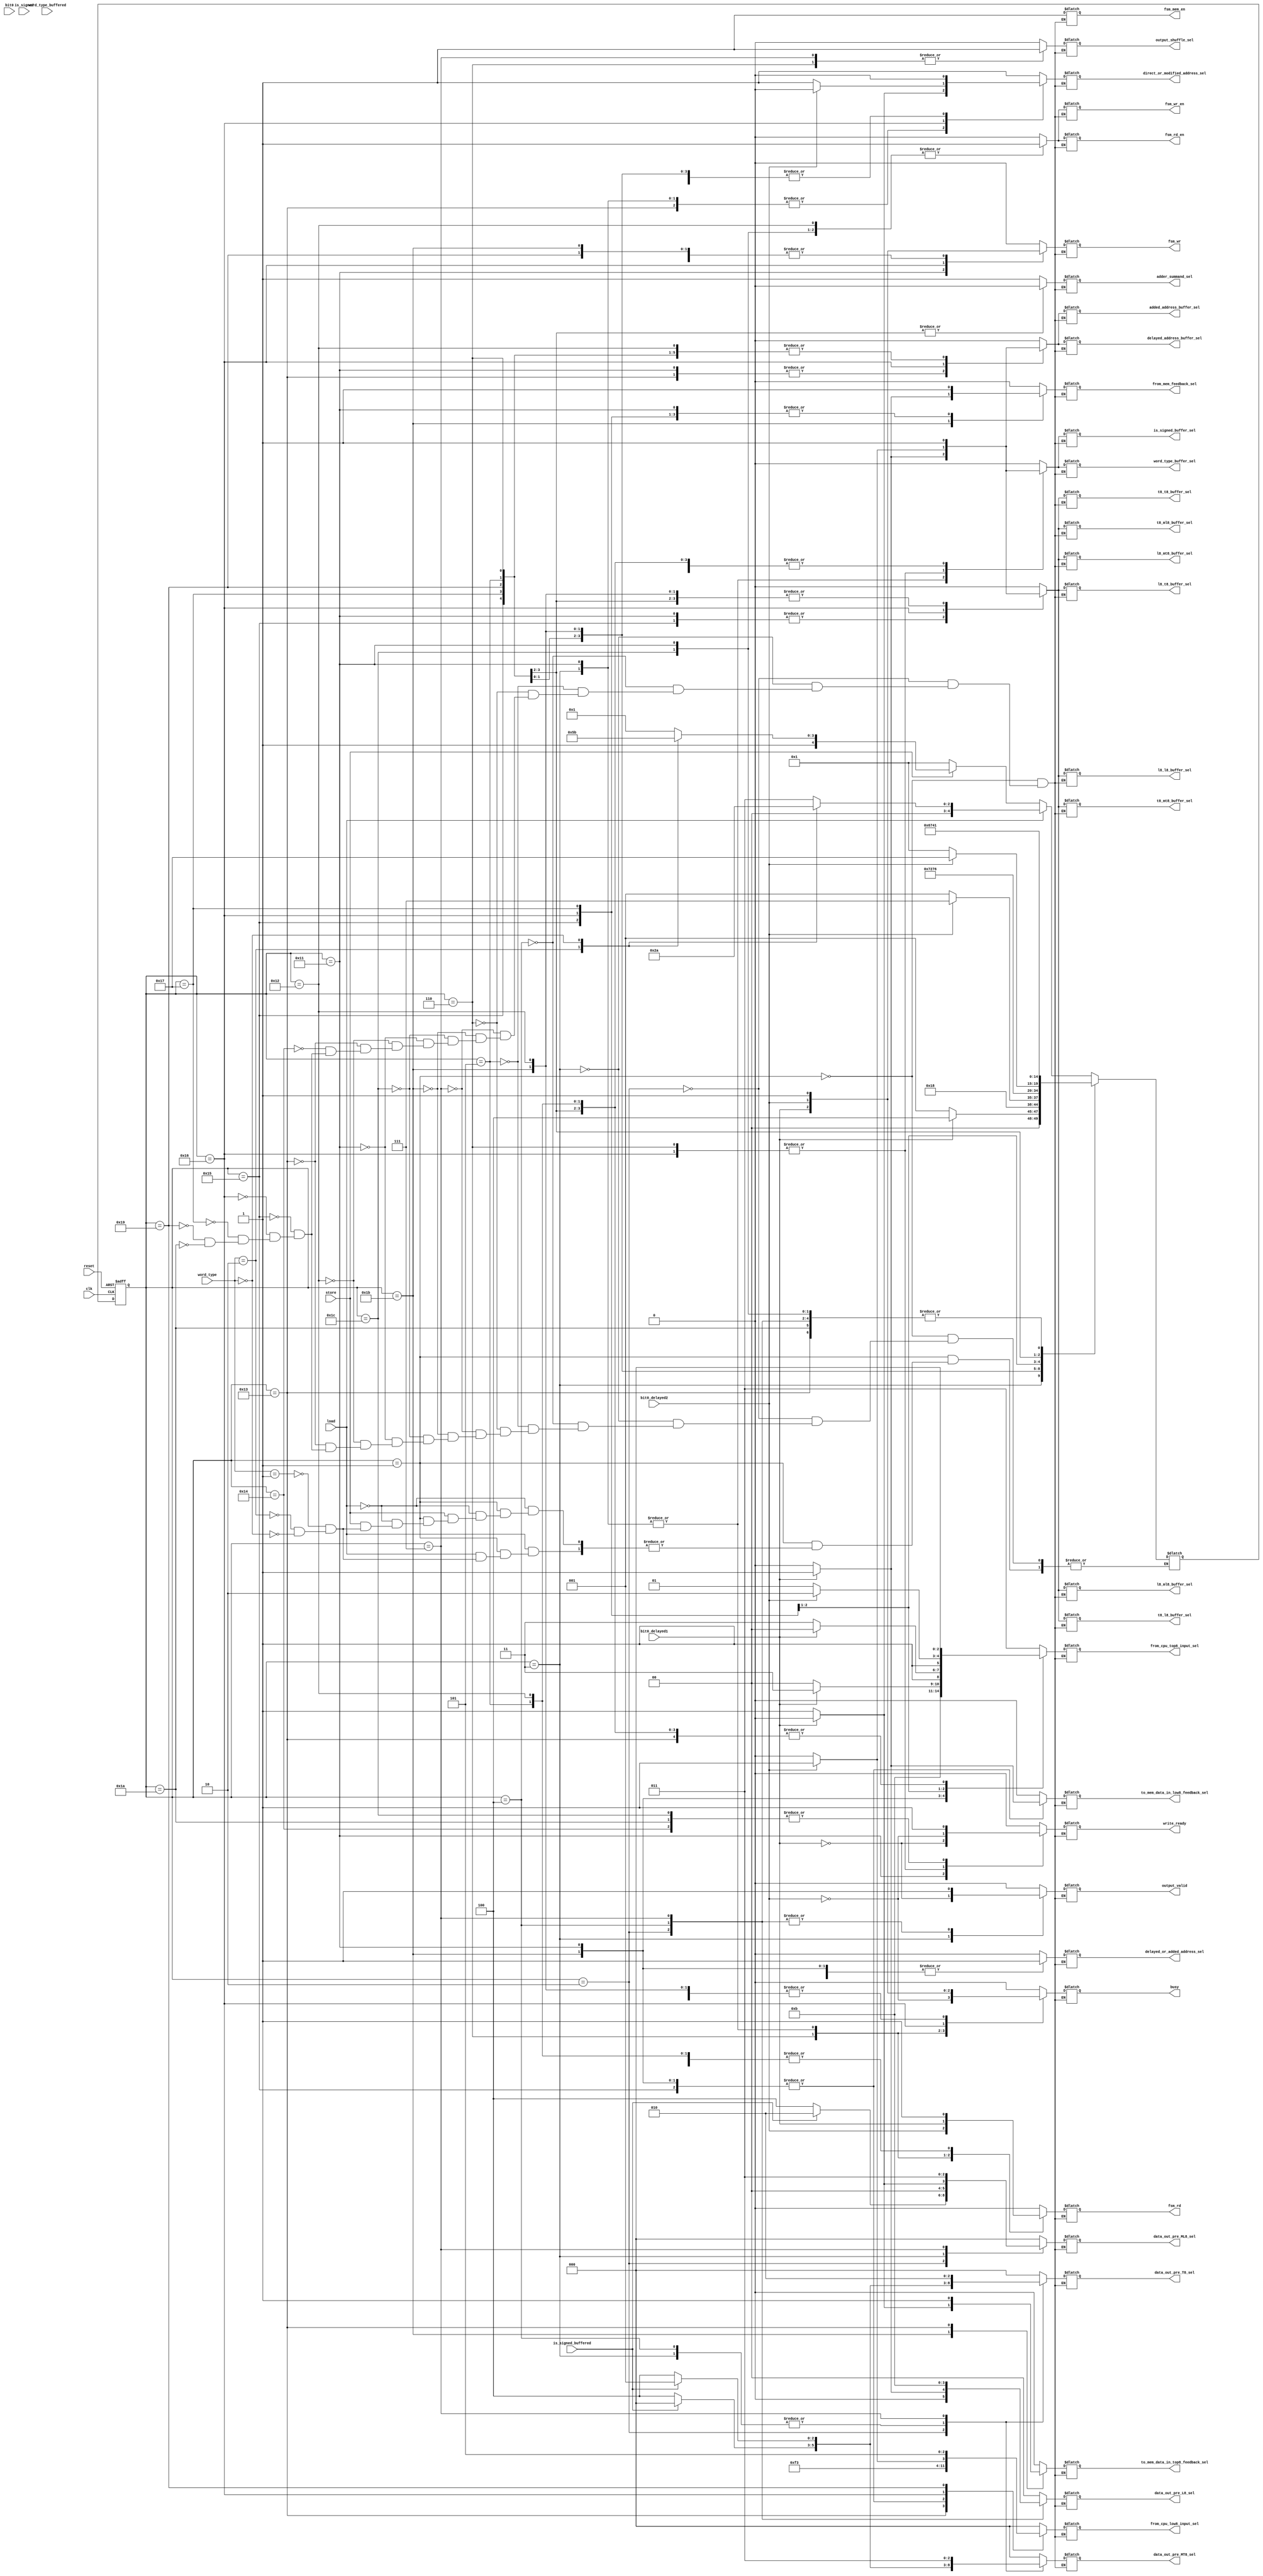
// AUTHORS Group 06 /Julian Kuser
// Thursday, 08/10/2017

module memory_control_fsm_v3 (
  clk,
  reset,
  load,
  store,
  word_type,
  word_type_buffered,
  is_signed,
  is_signed_buffered,
  bit0,
  bit0_delayed1,
  bit0_delayed2,
  busy,
  output_valid,
  write_ready,
  fsm_rd,
  fsm_wr,
  fsm_wr_en,
  fsm_rd_en,
  fsm_mem_en,
  is_signed_buffer_sel,
  word_type_buffer_sel,
  from_mem_feedback_sel,
  to_mem_data_in_top8_feedback_sel,
  to_mem_data_in_low8_feedback_sel,
  from_cpu_low8_input_sel,
  from_cpu_top8_input_sel,
  l8_t8_buffer_sel,
  l8_mt8_buffer_sel,
  l8_ml8_buffer_sel,
  l8_l8_buffer_sel,
  t8_t8_buffer_sel,
  t8_mt8_buffer_sel,
  t8_ml8_buffer_sel,
  t8_l8_buffer_sel,
  data_out_pre_L8_sel,
  data_out_pre_ML8_sel,
  data_out_pre_MT8_sel,
  data_out_pre_T8_sel,
  output_shuffle_sel,
  adder_summand_sel,
  added_address_buffer_sel,
  delayed_address_buffer_sel,
  delayed_or_added_address_sel,
  direct_or_modified_address_sel
  );

// ##################### inputs #######################
// ####################################################

  input clk;
  input reset;
  input load;
  input store;
  input [1:0] word_type;
  input is_signed;
  input [1:0] word_type_buffered;
  input is_signed_buffered;

  input bit0;
  input bit0_delayed1;
  input bit0_delayed2;
  //input bit0_delayed3;

// ####################### outputs #######################
// #######################################################

  // signals to other modules
  output reg busy;
  output reg output_valid;
  output reg write_ready;

// signals to memory
  output reg fsm_rd;
  output reg fsm_wr;
  output reg fsm_wr_en;
  output reg fsm_rd_en;
  output reg fsm_mem_en;

// input buffers in mem interface
  output reg is_signed_buffer_sel;
  output reg word_type_buffer_sel;

// input selection in mem interface
  output reg from_mem_feedback_sel;
  output reg to_mem_data_in_top8_feedback_sel;
  output reg to_mem_data_in_low8_feedback_sel;
  output reg [2:0] from_cpu_low8_input_sel;
  output reg [2:0] from_cpu_top8_input_sel;

  output reg l8_t8_buffer_sel;
  output reg l8_mt8_buffer_sel;
  output reg l8_ml8_buffer_sel;
  output reg l8_l8_buffer_sel;
  output reg t8_t8_buffer_sel;
  output reg t8_mt8_buffer_sel;
  output reg t8_ml8_buffer_sel;
  output reg t8_l8_buffer_sel;

// output selection in mem interface
  output reg [1:0] data_out_pre_L8_sel;
  output reg [2:0] data_out_pre_ML8_sel;
  output reg [2:0] data_out_pre_MT8_sel;
  output reg [2:0] data_out_pre_T8_sel;

  output reg output_shuffle_sel;

// address manipulation in mem interface
  output reg adder_summand_sel;
  output reg added_address_buffer_sel;
  output reg delayed_address_buffer_sel;
  output reg delayed_or_added_address_sel;
  output reg direct_or_modified_address_sel;

// ####################### codes for signals ########
// ##################################################

localparam DC = 1'b0;
localparam DC2 = 2'b0;
localparam DC3 = 3'b0;
localparam DC4 = 4'b0;

// word_type
localparam WORD =  2'b10;
localparam HALFWORD =  2'b01;
localparam BYTE =  2'b00;


localparam BUFFER = 1'b1;    // for all buffer select signals
localparam UPDATE = 1'b0;

//direct_or_modified_address_sel
localparam DIRECT_ADDRESS = 1'b1;
localparam MODIFIED_ADDRESS = 1'b0;

//delayed_or_added_address_sel
localparam  DELAYED_ADDRESS = 1'b1;
localparam  ADDED_ADDRESS = 1'b0;

    //adder_summand_sel
localparam SEL_ONE = 1'b1;
localparam SEL_TWO = 1'b0;


// data_out_pre_L8_sel
localparam L8_DIRECT_L8   = 2'b00;
localparam L8_DIRECT_T8   = 2'b01;
localparam L8_DELAYED1_T8 = 2'b10;
localparam L8_DELAYED2_T8 = 2'b11;

//data_out_pre_ML8_sel;
localparam ML8_DIRECT_L8   = 3'b000;
localparam ML8_DIRECT_T8   = 3'b001;
localparam ML8_ZERO        = 3'b100;
localparam ML8_DELAYED1_L8 = 3'b011;
localparam ML8_SIGN_BYTE   = 3'b010;

//data_out_pre_MT8_sel;
localparam MT8_ZERO        = 3'b100;
localparam MT8_SIGN_BYTE   = 3'b000;
localparam MT8_SIGN_HW     = 3'b001;
localparam MT8_DELAYED1_L8 = 3'b010;
localparam MT8_DELAYED1_T8 = 3'b011;

//data_out_pre_T8_sel;
localparam T8_ZERO        = 3'b100;
localparam T8_SIGN_BYTE   = 3'b000;
localparam T8_SIGN_HW     = 3'b001;
localparam T8_DIRECT_L8   = 3'b010;
localparam T8_DELAYED1_T8 = 3'b011;


// from_cpu_low8_input_sel && from_cpu_top8_input_sel
localparam DIRECT_T8   = 3'b001;
localparam DIRECT_MT8  = 3'b010;
localparam DIRECT_ML8  = 3'b011;
localparam DIRECT_L8   = 3'b000;
localparam DELAYED_T8  = 3'b101;
localparam DELAYED_MT8 = 3'b110;
localparam DELAYED_ML8 = 3'b111;
localparam DELAYED_L8  = 3'b100;

// from_mem_feedback_sel;
localparam FEEDBACK_LOW8 = 1'b1;
localparam FEEDBACK_TOP8 = 1'b0;

// to_mem_data_in_top8_feedback_sel;
// to_mem_data_in_low8_feedback_sel;
localparam FEEDBACK_TO_MEM = 1'b1;
localparam INPUT_TO_MEM    = 1'b0;

// ##################################### state codes: #########################
// ############################################################################
localparam IDLE         = 5'b00001;
localparam LOAD_BYTE    = 5'b00010;
localparam LOAD_HW_A    = 5'b00011;
localparam LOAD_HW_B    = 5'b00100;
localparam LOAD_WORD_A  = 5'b00101;
localparam LOAD_WORD_B  = 5'b00110;
localparam LOAD_WORD_C  = 5'b00111;

localparam STORE_HW_A   = 5'b10001;
localparam STORE_HW_B   = 5'b10010;
localparam STORE_HW_C   = 5'b10011;
localparam STORE_HW_D   = 5'b10100;
localparam STORE_WORD_A = 5'b10101;
localparam STORE_WORD_B = 5'b10110;
localparam STORE_WORD_C = 5'b10111;
localparam STORE_WORD_D = 5'b11001;
localparam STORE_WORD_E = 5'b11010;
localparam STORE_BYTE_A = 5'b11011;
localparam STORE_BYTE_B = 5'b11100;



  // ##################### internal signals #########
  // ################################################

reg [4:0] state;
reg [4:0] nextstate;

always @(posedge clk or posedge reset) begin
   if (!reset) begin
     state <= nextstate;
   end
   else begin
     state <= IDLE;
   end

end







// ##################################### transitions ##########################
// ############################################################################
always @(*) begin
  case (state)
    IDLE: begin
      if (load) begin
       case (word_type)
        HALFWORD: nextstate = LOAD_HW_A;
        WORD:     nextstate = LOAD_WORD_A;
        BYTE:     nextstate = LOAD_BYTE;
       endcase
      end
      else if (store) begin
       case (word_type)
        HALFWORD: nextstate = STORE_HW_A;
        WORD:     nextstate = STORE_WORD_A;
        BYTE:     nextstate = STORE_BYTE_A;
       endcase
      end
      else begin
       nextstate = IDLE;
      end
    end // end case IDLE

   LOAD_BYTE: begin
      nextstate = IDLE;
   end // end case load byte

   LOAD_HW_A: begin
     if (bit0_delayed1) begin
       nextstate = LOAD_HW_B;
     end
     else begin
      nextstate = IDLE;
     end
   end // end case LOAD HW A

   LOAD_HW_B: begin
      nextstate = IDLE;
   end // end case load HW B

   LOAD_WORD_A: begin
     nextstate = LOAD_WORD_B;
   end // end case LOAD WORD A

   LOAD_WORD_B: begin
     if (bit0_delayed2) begin
       nextstate = LOAD_WORD_C;
     end
     else begin
      nextstate = IDLE;
     end
   end // end case LOAD WORD B

   LOAD_WORD_C: begin
      nextstate = IDLE;
   end // end case LOAD WORD C

   STORE_BYTE_A: begin
     nextstate = STORE_BYTE_B;
   end // end case STORE BYTE A

   STORE_BYTE_B: begin
      nextstate = IDLE;
   end // end case STORE BYTE B

   STORE_HW_A: begin

      nextstate = IDLE;

   end // end case STORE_HW_A

   STORE_HW_B: begin
    nextstate = STORE_HW_C;
   end // end case STORE_HW_B

   STORE_HW_C: begin
     nextstate = IDLE;
   end // end case STORE_HW_C

   STORE_WORD_A: begin
    nextstate = STORE_WORD_B;
   end // end case STORE_WORD_A

   STORE_WORD_B: begin
    if (bit0_delayed2) begin
      nextstate = STORE_WORD_C;
    end
     else begin
      nextstate = IDLE;
     end
   end // end case STORE_HW_B

   STORE_WORD_C: begin
     nextstate = STORE_WORD_D;
   end // end case STORE_WORD_C

   STORE_WORD_D: begin
     nextstate = STORE_WORD_E;
   end // end case STORE_WORD_D

   STORE_WORD_E: begin
      nextstate = IDLE;
   end // end case STORE_WORD_E












  endcase
end

// #################################### outputs ###############################
// ############################################################################
// ############################################################################
always @(*) begin
    case (state)
      // ################## IDLE ####################################
      // ############################################################
      IDLE: begin
         // status signals
         busy                           = 0;
         output_valid                   = 0;
         write_ready                    = 0;

         // fsm control
         fsm_rd                         = DC;
         fsm_wr                         = DC;
         fsm_wr_en                      = 0 ;
         fsm_rd_en                      = 0 ;
         fsm_mem_en                     = 1 ;

         // status in buffering
         is_signed_buffer_sel           = UPDATE ;
         word_type_buffer_sel           = UPDATE ;

         // input selection feedback
         from_mem_feedback_sel          = DC;
         to_mem_data_in_top8_feedback_sel = INPUT_TO_MEM;
         to_mem_data_in_low8_feedback_sel = INPUT_TO_MEM;

         // input selection
         from_cpu_low8_input_sel    = DIRECT_L8;
         from_cpu_top8_input_sel    = DIRECT_ML8;
         l8_t8_buffer_sel           = UPDATE;
         l8_mt8_buffer_sel          = UPDATE;
         l8_ml8_buffer_sel          = UPDATE;
         l8_l8_buffer_sel           = UPDATE;
         t8_t8_buffer_sel           = UPDATE;
         t8_mt8_buffer_sel          = UPDATE;
         t8_ml8_buffer_sel          = UPDATE;
         t8_l8_buffer_sel           = UPDATE;



         // output assignment
         data_out_pre_L8_sel            = DC2; // 2 bit
         data_out_pre_ML8_sel           = DC3; // 3 bit
         data_out_pre_MT8_sel           = DC3; // 3 bit
         data_out_pre_T8_sel            = DC3; // 3 bit

         output_shuffle_sel             = 0;

         // address assignment
         adder_summand_sel              = SEL_ONE;
         added_address_buffer_sel       = UPDATE;
         delayed_address_buffer_sel     = UPDATE;
         delayed_or_added_address_sel   = DC;
         direct_or_modified_address_sel = DIRECT_ADDRESS;
      end // end case IDLE

     // ############################# LOAD_BYTE ###########################
     // ###################################################################
      LOAD_BYTE: begin
         // status signals
         busy                           = 0;
         output_valid                   = 1;
         write_ready                    = 0;

         // fsm control
         fsm_rd                         = 0;
         fsm_wr                         = 0;
         fsm_wr_en                      = 1;
         fsm_rd_en                      = 1;
         fsm_mem_en                     = 1;

         // status in buffering
         is_signed_buffer_sel           = UPDATE;
         word_type_buffer_sel           = UPDATE;

         // input selection feedback
         from_mem_feedback_sel          = DC;
         to_mem_data_in_top8_feedback_sel = INPUT_TO_MEM;
         to_mem_data_in_low8_feedback_sel = INPUT_TO_MEM;

         // input selection
         from_cpu_low8_input_sel    = DIRECT_L8;
         from_cpu_top8_input_sel    = DIRECT_ML8;
         l8_t8_buffer_sel           = UPDATE;
         l8_mt8_buffer_sel          = UPDATE;
         l8_ml8_buffer_sel          = UPDATE;
         l8_l8_buffer_sel           = UPDATE;
         t8_t8_buffer_sel           = UPDATE;
         t8_mt8_buffer_sel          = UPDATE;
         t8_ml8_buffer_sel          = UPDATE;
         t8_l8_buffer_sel           = UPDATE;



         // output assignment
         data_out_pre_L8_sel            = bit0_delayed1 ? L8_DIRECT_T8 : L8_DIRECT_L8; // 2 bit
         data_out_pre_ML8_sel           = is_signed_buffered ? ML8_SIGN_BYTE : ML8_ZERO; // 3 bit
         data_out_pre_MT8_sel           = is_signed_buffered ? MT8_SIGN_BYTE : MT8_ZERO; // 3 bit
         data_out_pre_T8_sel            = is_signed_buffered ? T8_SIGN_BYTE : T8_ZERO; // 3 bit

         output_shuffle_sel             = 0;

         // address assignment
         adder_summand_sel              = SEL_ONE;
         added_address_buffer_sel       = UPDATE;
         delayed_address_buffer_sel     = UPDATE;
         delayed_or_added_address_sel   = DC;
         direct_or_modified_address_sel = DIRECT_ADDRESS;
      end // end case LOAD_BYTE

      // ############################# LOAD_HW_A ##############################
      //  #####################################################################
      LOAD_HW_A: begin
         // status signals
         busy                           = bit0_delayed1;
         output_valid                   = !bit0_delayed1;
         write_ready                    = 0;

         // fsm control
         fsm_rd                         = bit0_delayed1;
         fsm_wr                         = 0;
         fsm_wr_en                      = 1;
         fsm_rd_en                      = 1;
         fsm_mem_en                     = 1;

         // status in buffering
         is_signed_buffer_sel           = bit0_delayed1 ? BUFFER : UPDATE;
         word_type_buffer_sel           = bit0_delayed1 ? BUFFER : UPDATE;

         // input selection feedback
         from_mem_feedback_sel          = DC;
         to_mem_data_in_top8_feedback_sel = INPUT_TO_MEM;
         to_mem_data_in_low8_feedback_sel = INPUT_TO_MEM;

         // input selection
         from_cpu_low8_input_sel    = DIRECT_L8;
         from_cpu_top8_input_sel    = DIRECT_ML8;
         l8_t8_buffer_sel           = UPDATE;
         l8_mt8_buffer_sel          = UPDATE;
         l8_ml8_buffer_sel          = UPDATE;
         l8_l8_buffer_sel           = UPDATE;
         t8_t8_buffer_sel           = UPDATE;
         t8_mt8_buffer_sel          = UPDATE;
         t8_ml8_buffer_sel          = UPDATE;
         t8_l8_buffer_sel           = UPDATE;



         // output assignment
         data_out_pre_L8_sel            = bit0_delayed1 ? DC2 : L8_DIRECT_L8; // 2 bit
         data_out_pre_ML8_sel           = bit0_delayed1 ? DC3 : ML8_DIRECT_T8; // 3 bit
         data_out_pre_MT8_sel           = is_signed_buffered ? MT8_SIGN_HW : MT8_ZERO; // 3 bit
         data_out_pre_T8_sel            = is_signed_buffered ? T8_SIGN_HW : T8_ZERO; // 3 bit

         output_shuffle_sel             = 0;

         // address assignment
         adder_summand_sel              = SEL_ONE;
         added_address_buffer_sel       = UPDATE;
         delayed_address_buffer_sel     = UPDATE;
         delayed_or_added_address_sel   = ADDED_ADDRESS;
         direct_or_modified_address_sel = bit0_delayed1 ? MODIFIED_ADDRESS : DIRECT_ADDRESS;
      end // end case LOAD_HW_A

      //################################## LOAD_HW_B ##########################
      // #######################################################################
      LOAD_HW_B: begin
         // status signals
         busy                           = 0;
         output_valid                   = 1;
         write_ready                    = 0;

         // fsm control
         fsm_rd                         = 0;
         fsm_wr                         = 0;
         fsm_wr_en                      = 1;
         fsm_rd_en                      = 1;
         fsm_mem_en                     = 1;

         // status in buffering
         is_signed_buffer_sel           = UPDATE;
         word_type_buffer_sel           = UPDATE;

         // input selection feedback
         from_mem_feedback_sel          = DC;
         to_mem_data_in_top8_feedback_sel = INPUT_TO_MEM;
         to_mem_data_in_low8_feedback_sel = INPUT_TO_MEM;

         // input selection
         from_cpu_low8_input_sel    = DIRECT_L8;
         from_cpu_top8_input_sel    = DIRECT_ML8;
         l8_t8_buffer_sel           = UPDATE;
         l8_mt8_buffer_sel          = UPDATE;
         l8_ml8_buffer_sel          = UPDATE;
         l8_l8_buffer_sel           = UPDATE;
         t8_t8_buffer_sel           = UPDATE;
         t8_mt8_buffer_sel          = UPDATE;
         t8_ml8_buffer_sel          = UPDATE;
         t8_l8_buffer_sel           = UPDATE;



         // output assignment
         data_out_pre_L8_sel            = L8_DELAYED1_T8; // 2 bit
         data_out_pre_ML8_sel           = ML8_DIRECT_L8; // 3 bit
         data_out_pre_MT8_sel           = is_signed_buffered ? MT8_SIGN_HW : MT8_ZERO; // 3 bit
         data_out_pre_T8_sel            = is_signed_buffered ? T8_SIGN_HW : T8_ZERO; // 3 bit

         output_shuffle_sel             = 0;

         // address assignment
         adder_summand_sel              = SEL_ONE;
         added_address_buffer_sel       = UPDATE;
         delayed_address_buffer_sel     = UPDATE;
         delayed_or_added_address_sel   = DC;
         direct_or_modified_address_sel = DIRECT_ADDRESS;
      end // end case LOAD_HW_B

      // ################################## LOAD_WORD_A ###########################
      //##########################################################################
      LOAD_WORD_A: begin
         // status signals
         busy                           = 1;
         output_valid                   = 0;
         write_ready                    = 0;

         // fsm control
         fsm_rd                         = 1;
         fsm_wr                         = 0;
         fsm_wr_en                      = 1;
         fsm_rd_en                      = 1;
         fsm_mem_en                     = 1;

         // status in buffering
         is_signed_buffer_sel           = BUFFER;
         word_type_buffer_sel           = BUFFER;

         // input selection feedback
         from_mem_feedback_sel          = DC;
         to_mem_data_in_top8_feedback_sel = INPUT_TO_MEM;
         to_mem_data_in_low8_feedback_sel = INPUT_TO_MEM;

         // input selection

         from_cpu_low8_input_sel      = DC3;
         from_cpu_top8_input_sel      = DC3;
         l8_t8_buffer_sel             = DC;
         l8_mt8_buffer_sel            = DC;
         l8_ml8_buffer_sel            = DC;
         l8_l8_buffer_sel             = DC;
         t8_t8_buffer_sel             = DC;
         t8_mt8_buffer_sel            = DC;
         t8_ml8_buffer_sel            = DC;
         t8_l8_buffer_sel             = DC;

         // output assignment
         data_out_pre_L8_sel            = DC2; // 2 bit
         data_out_pre_ML8_sel           = DC3; // 3 bit
         data_out_pre_MT8_sel           = DC3; // 3 bit
         data_out_pre_T8_sel            = DC3; // 3 bit

         output_shuffle_sel             = 0;

         // address assignment
         adder_summand_sel              = SEL_ONE;
         added_address_buffer_sel       = BUFFER;
         delayed_address_buffer_sel     = BUFFER;
         delayed_or_added_address_sel   = ADDED_ADDRESS;
         direct_or_modified_address_sel = MODIFIED_ADDRESS;
      end // end case LOAD_WORD_A

      // ############################### LOAD_WORD_B ##########################
      // ######################################################################
      LOAD_WORD_B: begin
         // status signals
         busy                           = !bit0_delayed2;
         output_valid                   = 0;
         write_ready                    = !bit0_delayed2;

         // fsm control
         fsm_rd                         = bit0_delayed2;
         fsm_wr                         = 0;
         fsm_wr_en                      = 1;
         fsm_rd_en                      = 1;
         fsm_mem_en                     = 1;

         // status in buffering
         is_signed_buffer_sel           = bit0_delayed2 ? BUFFER : UPDATE;
         word_type_buffer_sel           = bit0_delayed2 ? BUFFER : UPDATE;

         // input selection feedback
         from_mem_feedback_sel          = DC;
         to_mem_data_in_top8_feedback_sel = INPUT_TO_MEM;
         to_mem_data_in_low8_feedback_sel = INPUT_TO_MEM;

         // input selection
         from_cpu_low8_input_sel    = DIRECT_L8;
         from_cpu_top8_input_sel    = DIRECT_ML8;
         l8_t8_buffer_sel           = UPDATE;
         l8_mt8_buffer_sel          = UPDATE;
         l8_ml8_buffer_sel          = UPDATE;
         l8_l8_buffer_sel           = UPDATE;
         t8_t8_buffer_sel           = UPDATE;
         t8_mt8_buffer_sel          = UPDATE;
         t8_ml8_buffer_sel          = UPDATE;
         t8_l8_buffer_sel           = UPDATE;



         // output assignment
         data_out_pre_L8_sel            = DC2; // 2 bit
         data_out_pre_ML8_sel           = DC3; // 3 bit
         data_out_pre_MT8_sel           = DC3; // 3 bit
         data_out_pre_T8_sel            = DC3; // 3 bit

         output_shuffle_sel             = 1;

         // address assignment
         adder_summand_sel              = SEL_ONE;
         added_address_buffer_sel       = BUFFER;
         delayed_address_buffer_sel     = BUFFER;
         delayed_or_added_address_sel   = ADDED_ADDRESS;
         direct_or_modified_address_sel = MODIFIED_ADDRESS;
      end // end case LOAD_WORD_B

      //################################## LOAD_WORD_C##########################
      // #######################################################################
      LOAD_WORD_C: begin
         // status signals
         busy                           = 0;
         output_valid                   = 1;
         write_ready                    = 0;

         // fsm control
         fsm_rd                         = 0;
         fsm_wr                         = 0;
         fsm_wr_en                      = 1;
         fsm_rd_en                      = 1;
         fsm_mem_en                     = 1;

         // status in buffering
         is_signed_buffer_sel           = UPDATE;
         word_type_buffer_sel           = UPDATE;

         // input selection feedback
         from_mem_feedback_sel          = DC;
         to_mem_data_in_top8_feedback_sel = INPUT_TO_MEM;
         to_mem_data_in_low8_feedback_sel = INPUT_TO_MEM;

         // input selection
         from_cpu_low8_input_sel    = DIRECT_L8;
         from_cpu_top8_input_sel    = DIRECT_ML8;
         l8_t8_buffer_sel           = UPDATE;
         l8_mt8_buffer_sel          = UPDATE;
         l8_ml8_buffer_sel          = UPDATE;
         l8_l8_buffer_sel           = UPDATE;
         t8_t8_buffer_sel           = UPDATE;
         t8_mt8_buffer_sel          = UPDATE;
         t8_ml8_buffer_sel          = UPDATE;
         t8_l8_buffer_sel           = UPDATE;



         // output assignment
         data_out_pre_L8_sel            = L8_DELAYED2_T8; // 2 bit
         data_out_pre_ML8_sel           = ML8_DELAYED1_L8; // 3 bit
         data_out_pre_MT8_sel           = MT8_DELAYED1_T8; // 3 bit
         data_out_pre_T8_sel            = T8_DIRECT_L8; // 3 bit

         output_shuffle_sel             = 1;

         // address assignment
         adder_summand_sel              = SEL_ONE;
         added_address_buffer_sel       = UPDATE;
         delayed_address_buffer_sel     = UPDATE;
         delayed_or_added_address_sel   = DC;
         direct_or_modified_address_sel = DIRECT_ADDRESS;
      end // end case LOAD_WORD_C

      // ############################### STORE_BYTE_A #########################
      // ######################################################################
      STORE_BYTE_A: begin
         // status signals
         busy                           = 1;
         output_valid                   = 0;
         write_ready                    = 0;

         // fsm control
         fsm_rd                         = 0;
         fsm_wr                         = 1;
         fsm_wr_en                      = 1;
         fsm_rd_en                      = 1;
         fsm_mem_en                     = 1;

         // status in buffering
         is_signed_buffer_sel           = UPDATE;
         word_type_buffer_sel           = UPDATE;

         // input selection feedback
         from_mem_feedback_sel          = bit0_delayed1 ? FEEDBACK_LOW8   : FEEDBACK_TOP8;
         to_mem_data_in_top8_feedback_sel = bit0_delayed1 ? INPUT_TO_MEM    : FEEDBACK_TO_MEM;
         to_mem_data_in_low8_feedback_sel = bit0_delayed1 ? FEEDBACK_TO_MEM : INPUT_TO_MEM;

         // input selection
        from_cpu_low8_input_sel         = DELAYED_L8;
        from_cpu_top8_input_sel         = DELAYED_T8;
        l8_t8_buffer_sel                = BUFFER;
        l8_mt8_buffer_sel               = BUFFER;
        l8_ml8_buffer_sel               = BUFFER;
        l8_l8_buffer_sel                = BUFFER;
        t8_t8_buffer_sel                = BUFFER;
        t8_mt8_buffer_sel               = BUFFER;
        t8_ml8_buffer_sel               = BUFFER;
        t8_l8_buffer_sel                = BUFFER;



         // output assignment
         data_out_pre_L8_sel            = DC2; // 2 bit
         data_out_pre_ML8_sel           = DC3; // 3 bit
         data_out_pre_MT8_sel           = DC3; // 3 bit
         data_out_pre_T8_sel            = DC3; // 3 bit

         output_shuffle_sel             = 0;

         // address assignment
         adder_summand_sel              = SEL_ONE;
         added_address_buffer_sel       = UPDATE;
         delayed_address_buffer_sel     = UPDATE;
         delayed_or_added_address_sel   = DELAYED_ADDRESS;
         direct_or_modified_address_sel = MODIFIED_ADDRESS;
      end // end case STORE_BYTE_A


      // ############################### STORE_BYTE_B #########################
      // ######################################################################
      STORE_BYTE_B: begin
         // status signals
         busy                           = 0;
         output_valid                   = 0;
         write_ready                    = 1;

         // fsm control
         fsm_rd                         = 0;
         fsm_wr                         = 0;
         fsm_wr_en                      = 1;
         fsm_rd_en                      = 1;
         fsm_mem_en                     = 1;

         // status in buffering
         is_signed_buffer_sel           = UPDATE;
         word_type_buffer_sel           = UPDATE;

         // input selection feedback
         from_mem_feedback_sel          = DC;
         to_mem_data_in_top8_feedback_sel = INPUT_TO_MEM;
         to_mem_data_in_low8_feedback_sel = INPUT_TO_MEM;

         // input selection
         from_cpu_low8_input_sel    = DIRECT_L8;
         from_cpu_top8_input_sel    = DIRECT_ML8;
         l8_t8_buffer_sel           = UPDATE;
         l8_mt8_buffer_sel          = UPDATE;
         l8_ml8_buffer_sel          = UPDATE;
         l8_l8_buffer_sel           = UPDATE;
         t8_t8_buffer_sel           = UPDATE;
         t8_mt8_buffer_sel          = UPDATE;
         t8_ml8_buffer_sel          = UPDATE;
         t8_l8_buffer_sel           = UPDATE;



         // output assignment
         data_out_pre_L8_sel            = DC2; // 2 bit
         data_out_pre_ML8_sel           = DC3; // 3 bit
         data_out_pre_MT8_sel           = DC3; // 3 bit
         data_out_pre_T8_sel            = DC3; // 3 bit

         output_shuffle_sel             = 0;

         // address assignment
         adder_summand_sel              = SEL_ONE;
         added_address_buffer_sel       = UPDATE;
         delayed_address_buffer_sel     = UPDATE;
         delayed_or_added_address_sel   = DC;
         direct_or_modified_address_sel = DIRECT_ADDRESS;
      end // end case STORE_BYTE_B

      // ############################### STORE_HW_A  ##########################
      // ######################################################################
      STORE_HW_A: begin
         // status signals
         busy                           = bit0_delayed1;
         output_valid                   = 0;
         write_ready                    = !bit0_delayed1;

         // fsm control
         fsm_rd                         = bit0_delayed1;
         fsm_wr                         = bit0_delayed1;
         fsm_wr_en                      = 1;
         fsm_rd_en                      = 1;
         fsm_mem_en                     = 1;

         // status in buffering
         is_signed_buffer_sel           = bit0_delayed1 ? BUFFER : UPDATE;
         word_type_buffer_sel           = bit0_delayed1 ? BUFFER : UPDATE;

         // input selection feedback
         from_mem_feedback_sel          = FEEDBACK_LOW8;
         to_mem_data_in_top8_feedback_sel = INPUT_TO_MEM;
         to_mem_data_in_low8_feedback_sel = bit0_delayed1 ? FEEDBACK_TO_MEM : INPUT_TO_MEM;

         // input selection
         from_cpu_low8_input_sel    = DELAYED_L8;
         from_cpu_top8_input_sel    = bit0_delayed1 ? DELAYED_ML8 : DELAYED_L8;
         l8_t8_buffer_sel           = bit0_delayed1 ? BUFFER : UPDATE;
         l8_mt8_buffer_sel          = bit0_delayed1 ? BUFFER : UPDATE;
         l8_ml8_buffer_sel          = bit0_delayed1 ? BUFFER : UPDATE;
         l8_l8_buffer_sel           = bit0_delayed1 ? BUFFER : UPDATE;
         t8_t8_buffer_sel           = bit0_delayed1 ? BUFFER : UPDATE;
         t8_mt8_buffer_sel          = bit0_delayed1 ? BUFFER : UPDATE;
         t8_ml8_buffer_sel          = bit0_delayed1 ? BUFFER : UPDATE;
         t8_l8_buffer_sel           = bit0_delayed1 ? BUFFER : UPDATE;


         // output assignment
         data_out_pre_L8_sel            = DC2; // 2 bit
         data_out_pre_ML8_sel           = DC3; // 3 bit
         data_out_pre_MT8_sel           = DC3; // 3 bit
         data_out_pre_T8_sel            = DC3; // 3 bit

         output_shuffle_sel             = 0;

         // address assignment
         adder_summand_sel              = SEL_ONE;
         added_address_buffer_sel       = bit0_delayed1 ? BUFFER : UPDATE;
         delayed_address_buffer_sel     = bit0_delayed1 ? BUFFER : UPDATE;
         delayed_or_added_address_sel   = DELAYED_ADDRESS;
         direct_or_modified_address_sel = bit0_delayed1 ? MODIFIED_ADDRESS : DIRECT_ADDRESS;
      end // end case STORE_HW_A

      // ############################### STORE_HW_B ###########################
      // ######################################################################
      STORE_HW_B: begin
         // status signals
         busy                           = 1;
         output_valid                   = 0;
         write_ready                    = 0;

         // fsm control
         fsm_rd                         = 1;
         fsm_wr                         = 0;
         fsm_wr_en                      = 1;
         fsm_rd_en                      = 1;
         fsm_mem_en                     = 1;

         // status in buffering
         is_signed_buffer_sel           = BUFFER;
         word_type_buffer_sel           = BUFFER;

         // input selection feedback
         from_mem_feedback_sel          = DC;
         to_mem_data_in_top8_feedback_sel = DC;
         to_mem_data_in_low8_feedback_sel = DC;

         // input selection
         from_cpu_low8_input_sel    = DC3;
         from_cpu_top8_input_sel    = DC3;
         l8_t8_buffer_sel           = BUFFER;
         l8_mt8_buffer_sel          = BUFFER;
         l8_ml8_buffer_sel          = BUFFER;
         l8_l8_buffer_sel           = BUFFER;
         t8_t8_buffer_sel           = BUFFER;
         t8_mt8_buffer_sel          = BUFFER;
         t8_ml8_buffer_sel          = BUFFER;
         t8_l8_buffer_sel           = BUFFER;
         

         // output assignment
         data_out_pre_L8_sel            = DC2; // 2 bit
         data_out_pre_ML8_sel           = DC3; // 3 bit
         data_out_pre_MT8_sel           = DC3; // 3 bit
         data_out_pre_T8_sel            = DC3; // 3 bit

         output_shuffle_sel             = 0;

         // address assignment
         adder_summand_sel              = SEL_ONE;
         added_address_buffer_sel       = BUFFER;
         delayed_address_buffer_sel     = BUFFER;
         delayed_or_added_address_sel   = ADDED_ADDRESS;
         direct_or_modified_address_sel = MODIFIED_ADDRESS;
      end // end case STORE_HW_B

      // ############################### STORE_HW_C  ##########################
      // ######################################################################
      STORE_HW_C: begin
         // status signals
         busy                           = 1;
         output_valid                   = 0;
         write_ready                    = 0;

         // fsm control
         fsm_rd                         = 1;
         fsm_wr                         = 0;
         fsm_wr_en                      = 1;
         fsm_rd_en                      = 1;
         fsm_mem_en                     = 1;

         // status in buffering
         is_signed_buffer_sel           = BUFFER;
         word_type_buffer_sel           = BUFFER;

         // input selection feedback
         from_mem_feedback_sel          = FEEDBACK_TOP8;
         to_mem_data_in_top8_feedback_sel = FEEDBACK_TO_MEM;
         to_mem_data_in_low8_feedback_sel = INPUT_TO_MEM;

         // input selection
         from_cpu_low8_input_sel    = DELAYED_ML8;
         from_cpu_top8_input_sel    = DC3;
         l8_t8_buffer_sel           = UPDATE;
         l8_mt8_buffer_sel          = UPDATE;
         l8_ml8_buffer_sel          = UPDATE;
         l8_l8_buffer_sel           = UPDATE;
         t8_t8_buffer_sel           = UPDATE;
         t8_mt8_buffer_sel          = UPDATE;
         t8_ml8_buffer_sel          = UPDATE;
         t8_l8_buffer_sel           = UPDATE;
         // output assignment
         data_out_pre_L8_sel            = DC2; // 2 bit
         data_out_pre_ML8_sel           = DC3; // 3 bit
         data_out_pre_MT8_sel           = DC3; // 3 bit
         data_out_pre_T8_sel            = DC3; // 3 bit

         output_shuffle_sel             = 0;

         // address assignment
         adder_summand_sel              = SEL_ONE;
         added_address_buffer_sel       = bit0_delayed1 ? BUFFER : UPDATE;
         delayed_address_buffer_sel     = bit0_delayed1 ? BUFFER : UPDATE;
         delayed_or_added_address_sel   = ADDED_ADDRESS;
         direct_or_modified_address_sel = bit0_delayed1 ? MODIFIED_ADDRESS : DIRECT_ADDRESS;
      end // end case STORE_HW_C

      // ############################### STORE_HW_D #########################
      // ######################################################################
      STORE_HW_D: begin
         // status signals
         busy                           = 0;
         output_valid                   = 0;
         write_ready                    = 1;

         // fsm control
         fsm_rd                         = 0;
         fsm_wr                         = 0;
         fsm_wr_en                      = 1 ;
         fsm_rd_en                      = 1 ;
         fsm_mem_en                     = 1 ;

         // status in buffering
         is_signed_buffer_sel           = UPDATE ;
         word_type_buffer_sel           = UPDATE ;

         // input selection feedback
         from_mem_feedback_sel          = DC;
         to_mem_data_in_top8_feedback_sel = INPUT_TO_MEM;
         to_mem_data_in_low8_feedback_sel = INPUT_TO_MEM;

         // input selection
         from_cpu_low8_input_sel    = DIRECT_L8;
         from_cpu_top8_input_sel    = DIRECT_ML8;
         l8_t8_buffer_sel           = UPDATE;
         l8_mt8_buffer_sel          = UPDATE;
         l8_ml8_buffer_sel          = UPDATE;
         l8_l8_buffer_sel           = UPDATE;
         t8_t8_buffer_sel           = UPDATE;
         t8_mt8_buffer_sel          = UPDATE;
         t8_ml8_buffer_sel          = UPDATE;
         t8_l8_buffer_sel           = UPDATE;



         // output assignment
         data_out_pre_L8_sel            = DC2; // 2 bit
         data_out_pre_ML8_sel           = DC3; // 3 bit
         data_out_pre_MT8_sel           = DC3; // 3 bit
         data_out_pre_T8_sel            = DC3; // 3 bit

         output_shuffle_sel             = 0;

         // address assignment
         adder_summand_sel              = SEL_ONE;
         added_address_buffer_sel       = UPDATE;
         delayed_address_buffer_sel     = UPDATE;
         delayed_or_added_address_sel   = DC;
         direct_or_modified_address_sel = DIRECT_ADDRESS;

      end // end case STORE_HW_D

         // ############################### STORE_WORD_A  ##########################
         // ######################################################################
         STORE_WORD_A: begin
            // status signals
            busy                           = 1;
            output_valid                   = 0;
            write_ready                    = 0;

            // fsm control
            fsm_rd                         = 0;
            fsm_wr                         = 1;
            fsm_wr_en                      = 1;
            fsm_rd_en                      = 1;
            fsm_mem_en                     = 1;

            // status in buffering
            is_signed_buffer_sel           = BUFFER;
            word_type_buffer_sel           = BUFFER;

            // input selection feedback
            from_mem_feedback_sel          = FEEDBACK_LOW8;
            to_mem_data_in_top8_feedback_sel = INPUT_TO_MEM;
            to_mem_data_in_low8_feedback_sel = bit0_delayed1 ? FEEDBACK_TO_MEM : INPUT_TO_MEM;

            // input selection
            from_cpu_low8_input_sel    = DELAYED_L8;
            from_cpu_top8_input_sel    = bit0_delayed1 ? DELAYED_L8: DELAYED_ML8;
            l8_t8_buffer_sel           = bit0_delayed1 ? BUFFER : UPDATE;
            l8_mt8_buffer_sel          = bit0_delayed1 ? BUFFER : UPDATE;
            l8_ml8_buffer_sel          = bit0_delayed1 ? BUFFER : UPDATE;
            l8_l8_buffer_sel           = bit0_delayed1 ? BUFFER : UPDATE;
            t8_t8_buffer_sel           = bit0_delayed1 ? BUFFER : UPDATE;
            t8_mt8_buffer_sel          = bit0_delayed1 ? BUFFER : UPDATE;
            t8_ml8_buffer_sel          = bit0_delayed1 ? BUFFER : UPDATE;
            t8_l8_buffer_sel           = bit0_delayed1 ? BUFFER : UPDATE;


            // output assignment
            data_out_pre_L8_sel            = DC2; // 2 bit
            data_out_pre_ML8_sel           = DC3; // 3 bit
            data_out_pre_MT8_sel           = DC3; // 3 bit
            data_out_pre_T8_sel            = DC3; // 3 bit

            output_shuffle_sel             = 0;

            // address assignment
            adder_summand_sel              = SEL_ONE;
            added_address_buffer_sel       = BUFFER ;
            delayed_address_buffer_sel     = BUFFER;
            delayed_or_added_address_sel   = DELAYED_ADDRESS;
            direct_or_modified_address_sel = MODIFIED_ADDRESS;
         end // end case STORE_WORD_A

      // ############################### STORE_WORD_B #########################
      // ######################################################################
      STORE_WORD_B: begin
         // status signals
         busy                           = bit0_delayed2;
         output_valid                   = 0;
         write_ready                    = !bit0_delayed2;

         // fsm control
         fsm_rd                         = 0;
         fsm_wr                         = bit0_delayed2;
         fsm_wr_en                      = 1; //bit0_delayed2 ;
         fsm_rd_en                      = 1; //bit0_delayed2 ;
         fsm_mem_en                     = 1;

         // status in buffering
         is_signed_buffer_sel           = bit0_delayed2 ? BUFFER : UPDATE;
         word_type_buffer_sel           = bit0_delayed2 ? BUFFER : UPDATE;

         // input selection feedback
         from_mem_feedback_sel          = FEEDBACK_LOW8;
         to_mem_data_in_top8_feedback_sel = INPUT_TO_MEM;
         to_mem_data_in_low8_feedback_sel = INPUT_TO_MEM;

         // input selection
         from_cpu_low8_input_sel    = bit0_delayed2 ? DELAYED_ML8: DELAYED_MT8;
         from_cpu_top8_input_sel    = bit0_delayed2 ? DELAYED_MT8: DELAYED_T8;
         l8_t8_buffer_sel           = bit0_delayed2 ? BUFFER : UPDATE;
         l8_mt8_buffer_sel          = bit0_delayed2 ? BUFFER : UPDATE;
         l8_ml8_buffer_sel          = bit0_delayed2 ? BUFFER : UPDATE;
         l8_l8_buffer_sel           = bit0_delayed2 ? BUFFER : UPDATE;
         t8_t8_buffer_sel           = bit0_delayed2 ? BUFFER : UPDATE;
         t8_mt8_buffer_sel          = bit0_delayed2 ? BUFFER : UPDATE;
         t8_ml8_buffer_sel          = bit0_delayed2 ? BUFFER : UPDATE;
         t8_l8_buffer_sel           = bit0_delayed2 ? BUFFER : UPDATE;


         // output assignment
         data_out_pre_L8_sel            = DC2; // 2 bit
         data_out_pre_ML8_sel           = DC3; // 3 bit
         data_out_pre_MT8_sel           = DC3; // 3 bit
         data_out_pre_T8_sel            = DC3; // 3 bit

         output_shuffle_sel             = 0;

         // address assignment
         adder_summand_sel              = SEL_ONE;
         added_address_buffer_sel       = bit0_delayed2 ? BUFFER : UPDATE;
         delayed_address_buffer_sel     = bit0_delayed2 ? BUFFER : UPDATE;
         delayed_or_added_address_sel   = ADDED_ADDRESS;
         direct_or_modified_address_sel = bit0_delayed2 ? MODIFIED_ADDRESS : DIRECT_ADDRESS;
      end // end case STORE_WORD_B

      // ############################## STORE_WORD_C ##########################
      // ######################################################################
      STORE_WORD_C: begin
         // status signals
         busy                           = 1;
         output_valid                   = 0;
         write_ready                    = 0;

         // fsm control
         fsm_rd                         = 1;
         fsm_wr                         = 0;
         fsm_wr_en                      = 1 ;
         fsm_rd_en                      = 1 ;
         fsm_mem_en                     = 1;

         // status in buffering
         is_signed_buffer_sel           = BUFFER;
         word_type_buffer_sel           = BUFFER;

         // input selection feedback
         from_mem_feedback_sel          = FEEDBACK_LOW8;
         to_mem_data_in_top8_feedback_sel = INPUT_TO_MEM;
         to_mem_data_in_low8_feedback_sel = INPUT_TO_MEM;

         // input selection
         from_cpu_low8_input_sel    =  DC3;
         from_cpu_top8_input_sel    =  DC3;
         l8_t8_buffer_sel           =  BUFFER;
         l8_mt8_buffer_sel          =  BUFFER;
         l8_ml8_buffer_sel          =  BUFFER;
         l8_l8_buffer_sel           =  BUFFER;
         t8_t8_buffer_sel           =  BUFFER;
         t8_mt8_buffer_sel          =  BUFFER;
         t8_ml8_buffer_sel          =  BUFFER;
         t8_l8_buffer_sel           =  BUFFER;


         // output assignment
         data_out_pre_L8_sel            = DC2; // 2 bit
         data_out_pre_ML8_sel           = DC3; // 3 bit
         data_out_pre_MT8_sel           = DC3; // 3 bit
         data_out_pre_T8_sel            = DC3; // 3 bit

         output_shuffle_sel             = 0;

         // address assignment
         adder_summand_sel              = SEL_TWO;
         added_address_buffer_sel       =  BUFFER;
         delayed_address_buffer_sel     =  BUFFER;
         delayed_or_added_address_sel   = ADDED_ADDRESS;
         direct_or_modified_address_sel = MODIFIED_ADDRESS;
      end // end case STORE_WORD_C

      // ############################### STORE_WORD_D #########################
      // ######################################################################
      STORE_WORD_D: begin
         // status signals
         busy                           = 1;
         output_valid                   = 0;
         write_ready                    = 0;

         // fsm control
         fsm_rd                         = 0;
         fsm_wr                         = 1;
         fsm_wr_en                      = 1 ;
         fsm_rd_en                      = 1 ;
         fsm_mem_en                     = 1;

         // status in buffering
         is_signed_buffer_sel           = BUFFER;
         word_type_buffer_sel           = BUFFER;

         // input selection feedback
         from_mem_feedback_sel          = FEEDBACK_TOP8;
         to_mem_data_in_top8_feedback_sel = FEEDBACK_TOP8;
         to_mem_data_in_low8_feedback_sel = INPUT_TO_MEM;

         // input selection
         from_cpu_low8_input_sel    =  DELAYED_T8;
         from_cpu_top8_input_sel    =  DC3;
         l8_t8_buffer_sel           =  BUFFER;
         l8_mt8_buffer_sel          =  BUFFER;
         l8_ml8_buffer_sel          =  BUFFER;
         l8_l8_buffer_sel           =  BUFFER;
         t8_t8_buffer_sel           =  BUFFER;
         t8_mt8_buffer_sel          =  BUFFER;
         t8_ml8_buffer_sel          =  BUFFER;
         t8_l8_buffer_sel           =  BUFFER;


         // output assignment
         data_out_pre_L8_sel            = DC2; // 2 bit
         data_out_pre_ML8_sel           = DC3; // 3 bit
         data_out_pre_MT8_sel           = DC3; // 3 bit
         data_out_pre_T8_sel            = DC3; // 3 bit

         output_shuffle_sel             = 0;

         // address assignment
         adder_summand_sel              = SEL_TWO;
         added_address_buffer_sel       =  BUFFER;
         delayed_address_buffer_sel     =  BUFFER;
         delayed_or_added_address_sel   = ADDED_ADDRESS;
         direct_or_modified_address_sel = MODIFIED_ADDRESS;
      end // end case STORE_WORD_D

      // ############################### STORE_WORD_E #########################
      // ######################################################################
      STORE_WORD_E: begin
         // status signals
         busy                           = 0;
         output_valid                   = 0;
         write_ready                    = 1;

         // fsm control
         fsm_rd                         = 0;
         fsm_wr                         = 0;
         fsm_wr_en                      = 1 ;
         fsm_rd_en                      = 1 ;
         fsm_mem_en                     = 1;

         // status in buffering
         is_signed_buffer_sel           = UPDATE;
         word_type_buffer_sel           = UPDATE;

         // input selection feedback
         from_mem_feedback_sel          = FEEDBACK_TOP8;
         to_mem_data_in_top8_feedback_sel = INPUT_TO_MEM;
         to_mem_data_in_low8_feedback_sel = INPUT_TO_MEM;

         // input selection
         from_cpu_low8_input_sel    =  DIRECT_L8;
         from_cpu_top8_input_sel    =  DIRECT_ML8;
         l8_t8_buffer_sel           =  UPDATE;
         l8_mt8_buffer_sel          =  UPDATE;
         l8_ml8_buffer_sel          =  UPDATE;
         l8_l8_buffer_sel           =  UPDATE;
         t8_t8_buffer_sel           =  UPDATE;
         t8_mt8_buffer_sel          =  UPDATE;
         t8_ml8_buffer_sel          =  UPDATE;
         t8_l8_buffer_sel           =  UPDATE;


         // output assignment
         data_out_pre_L8_sel            = DC2; // 2 bit
         data_out_pre_ML8_sel           = DC3; // 3 bit
         data_out_pre_MT8_sel           = DC3; // 3 bit
         data_out_pre_T8_sel            = DC3; // 3 bit

         output_shuffle_sel             = 0;

         // address assignment
         adder_summand_sel              = SEL_ONE;
         added_address_buffer_sel       =  UPDATE;
         delayed_address_buffer_sel     =  UPDATE;
         delayed_or_added_address_sel   = DELAYED_ADDRESS;
         direct_or_modified_address_sel = DIRECT_ADDRESS;
      end // end case STORE_WORD_E



    endcase
end

endmodule